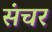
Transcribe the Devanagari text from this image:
संचर